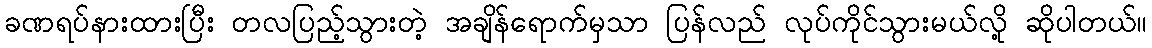
ခဏရပ်နားထားပြီး တလပြည့်သွားတဲ့ အချိန်ရောက်မှသာ ပြန်လည် လုပ်ကိုင်သွားမယ်လို့ ဆိုပါတယ်။